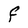
Character: F